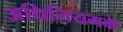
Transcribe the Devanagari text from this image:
अधिनियमके